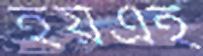
হয়এই